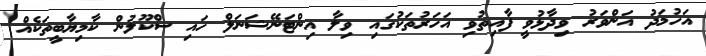
އަހުމަދު އަންވަރު ވިދާޅުވީ ފާއިތުވި އަހަރުތަކުގައި ވިލާ އިންޓަނޭޝަނަލް ހައި ސްކޫލުން ކާމިޔާބީތަކެއް